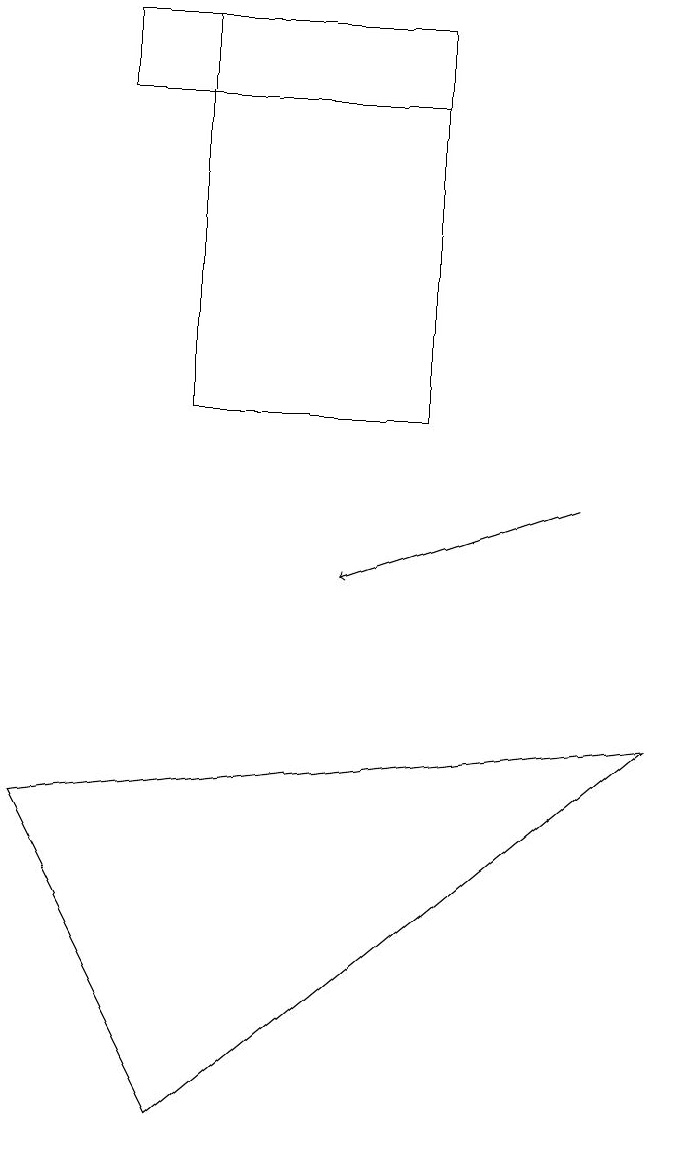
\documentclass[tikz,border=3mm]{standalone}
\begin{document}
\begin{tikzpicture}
\draw (1,17) rectangle (5,18);
\draw[->] (7,12) -- (4,11);
\draw (8,9) -- (0,8) -- (2,4) -- cycle;
\draw (5,18) rectangle (2,13);
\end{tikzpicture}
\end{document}